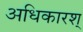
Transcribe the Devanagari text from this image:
अधिकारश्